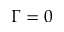
\Gamma = 0